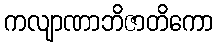
ကလျာဏာဘိဇာတိကော